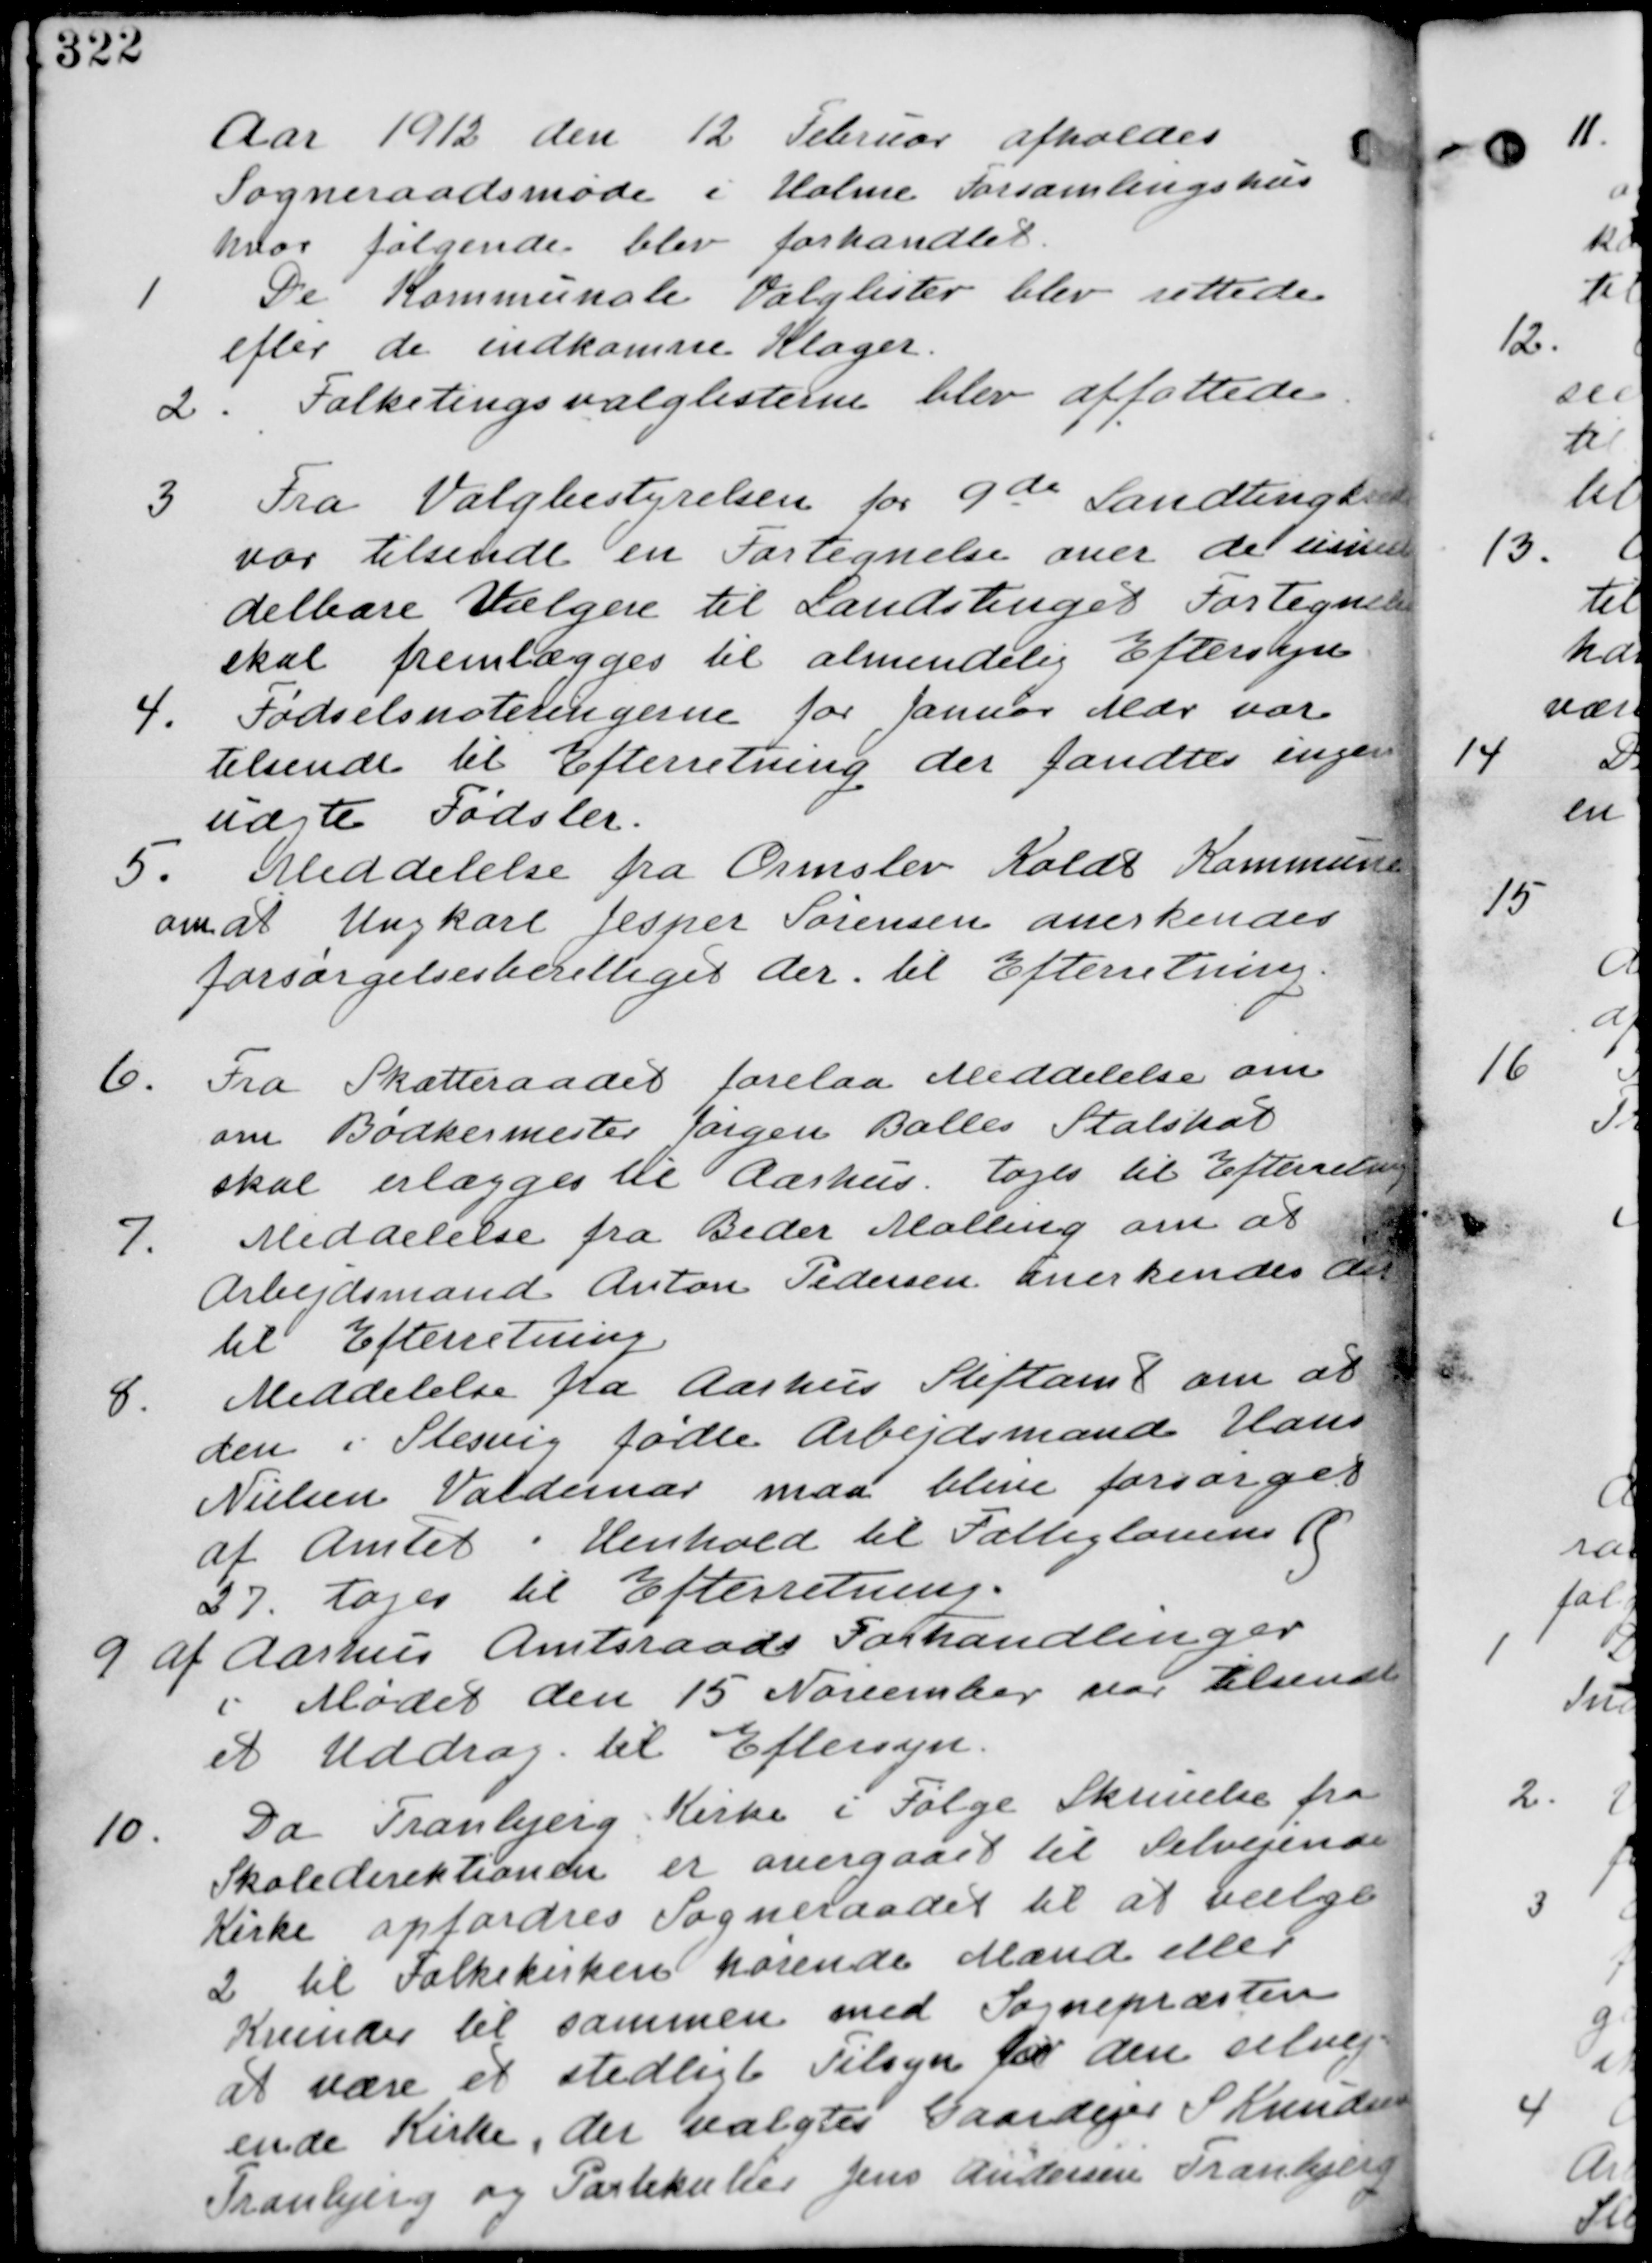
Transskription:
Aar 1912 den 12 Februar afholdes
Sogneraadsmøde i Holme Forsamlingshus
hvor følgende blev forhandlet

1. De kommunale Valglister blev rettede
efter de indkomne Klager.

2. Folketingsvalglisterne blev affattede

3. Fra Valgbestyrelsen for 9de Landtingkreds
var tilsendt en Fortegnelse over de umid
delbare Vælgere til Landtingets Fortegnelse
skal fremlægges til almindelig Eftersyn

4. Fødselsnoteringerne fra Januar Mdr var
tilsendt til Efterretning der fandtes ingen
uægte fødsler

5. Meddelse fra Ormslev Koldt Kommune
om at Ungkarl Jesper Sørensen anerkendes
forsørgelsesberettiget der. til Efterretning

6. Fra Skatteaaret forelaa Meddelelse om
om Bødkermester Jørgen Balles Statskat
skal erlægge til Aarhus. tages til Efterretning

7. Meddelelse fra Beder Malling om at
Arbejdsmand Anton Pedersen anerkendes der
til efterretning

8. Meddelelse fra Aarhus Stiftamt om at
den i Slesvig fødte Arbejdsmand Hans
Nielsen Valdemar maa blive forsørget
af Amtet i Henhold til Fattigloven §
27. tages til efterretning

9. af Aarhus Amtraads Forhandlinger
i Mødet den 15 November var tilsendt
et Uddrag til Eftersyn

10. Da Tranbjerg Kirke i Følge Skrivelse fra
Skoledirektionen er overgaaet til Selvejende
Kirke opfordres Sogneraadet til at vælge
2 til Folkekirken hørende Mænd eller
Kvinder til sammen med Sognepræsten
at være et stedligt Tilsyn for denselvej
ende Kirke, der valgtes Gaardejer S Knudsen
Tranbjerg og Partikulier Jens Andersen Tranbjerg